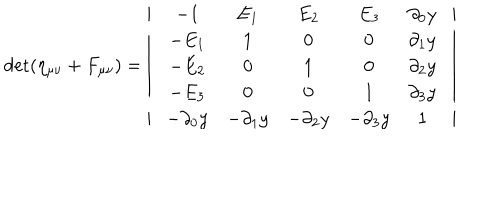
\det ( \eta _ { \mu \nu } + F _ { \mu \nu } ) = \left| \begin{array} { c } { { \begin{array} { c c } { { \begin{array} { c c c } { { \begin{array} { c c c c } { { \begin{array} { c c c c c } { { - 1 } } & { { E _ { 1 } } } & { { E _ { 2 } } } & { { E _ { 3 } } } & { { \partial _ { 0 } y } } \\ { { - E _ { 1 } } } & { { 1 } } & { { 0 } } & { { 0 } } & { { \partial _ { 1 } y } } \\ { { - E _ { 2 } } } & { { 0 } } & { { 1 } } & { { 0 } } & { { \partial _ { 2 } y } } \\ { { - E _ { 3 } } } & { { 0 } } & { { 0 } } & { { 1 } } & { { \partial _ { 3 } y } } \\ { { - \partial _ { 0 } y } } & { { - \partial _ { 1 } y } } & { { - \partial _ { 2 } y } } & { { - \partial _ { 3 } y } } & { { 1 } } \\ \end{array} } } \\ \end{array} } } \\ \end{array} } } \\ \end{array} } } \\ \end{array} \right|